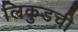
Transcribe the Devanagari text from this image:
लिकुडची